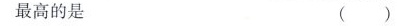
最高的是 ()